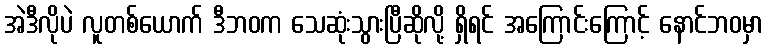
အဲဒီလိုပဲ လူတစ်ယောက် ဒီဘဝက သေဆုံးသွားပြီဆိုလို့ ရှိရင် အကြောင်းကြောင့် နောင်ဘဝမှာ